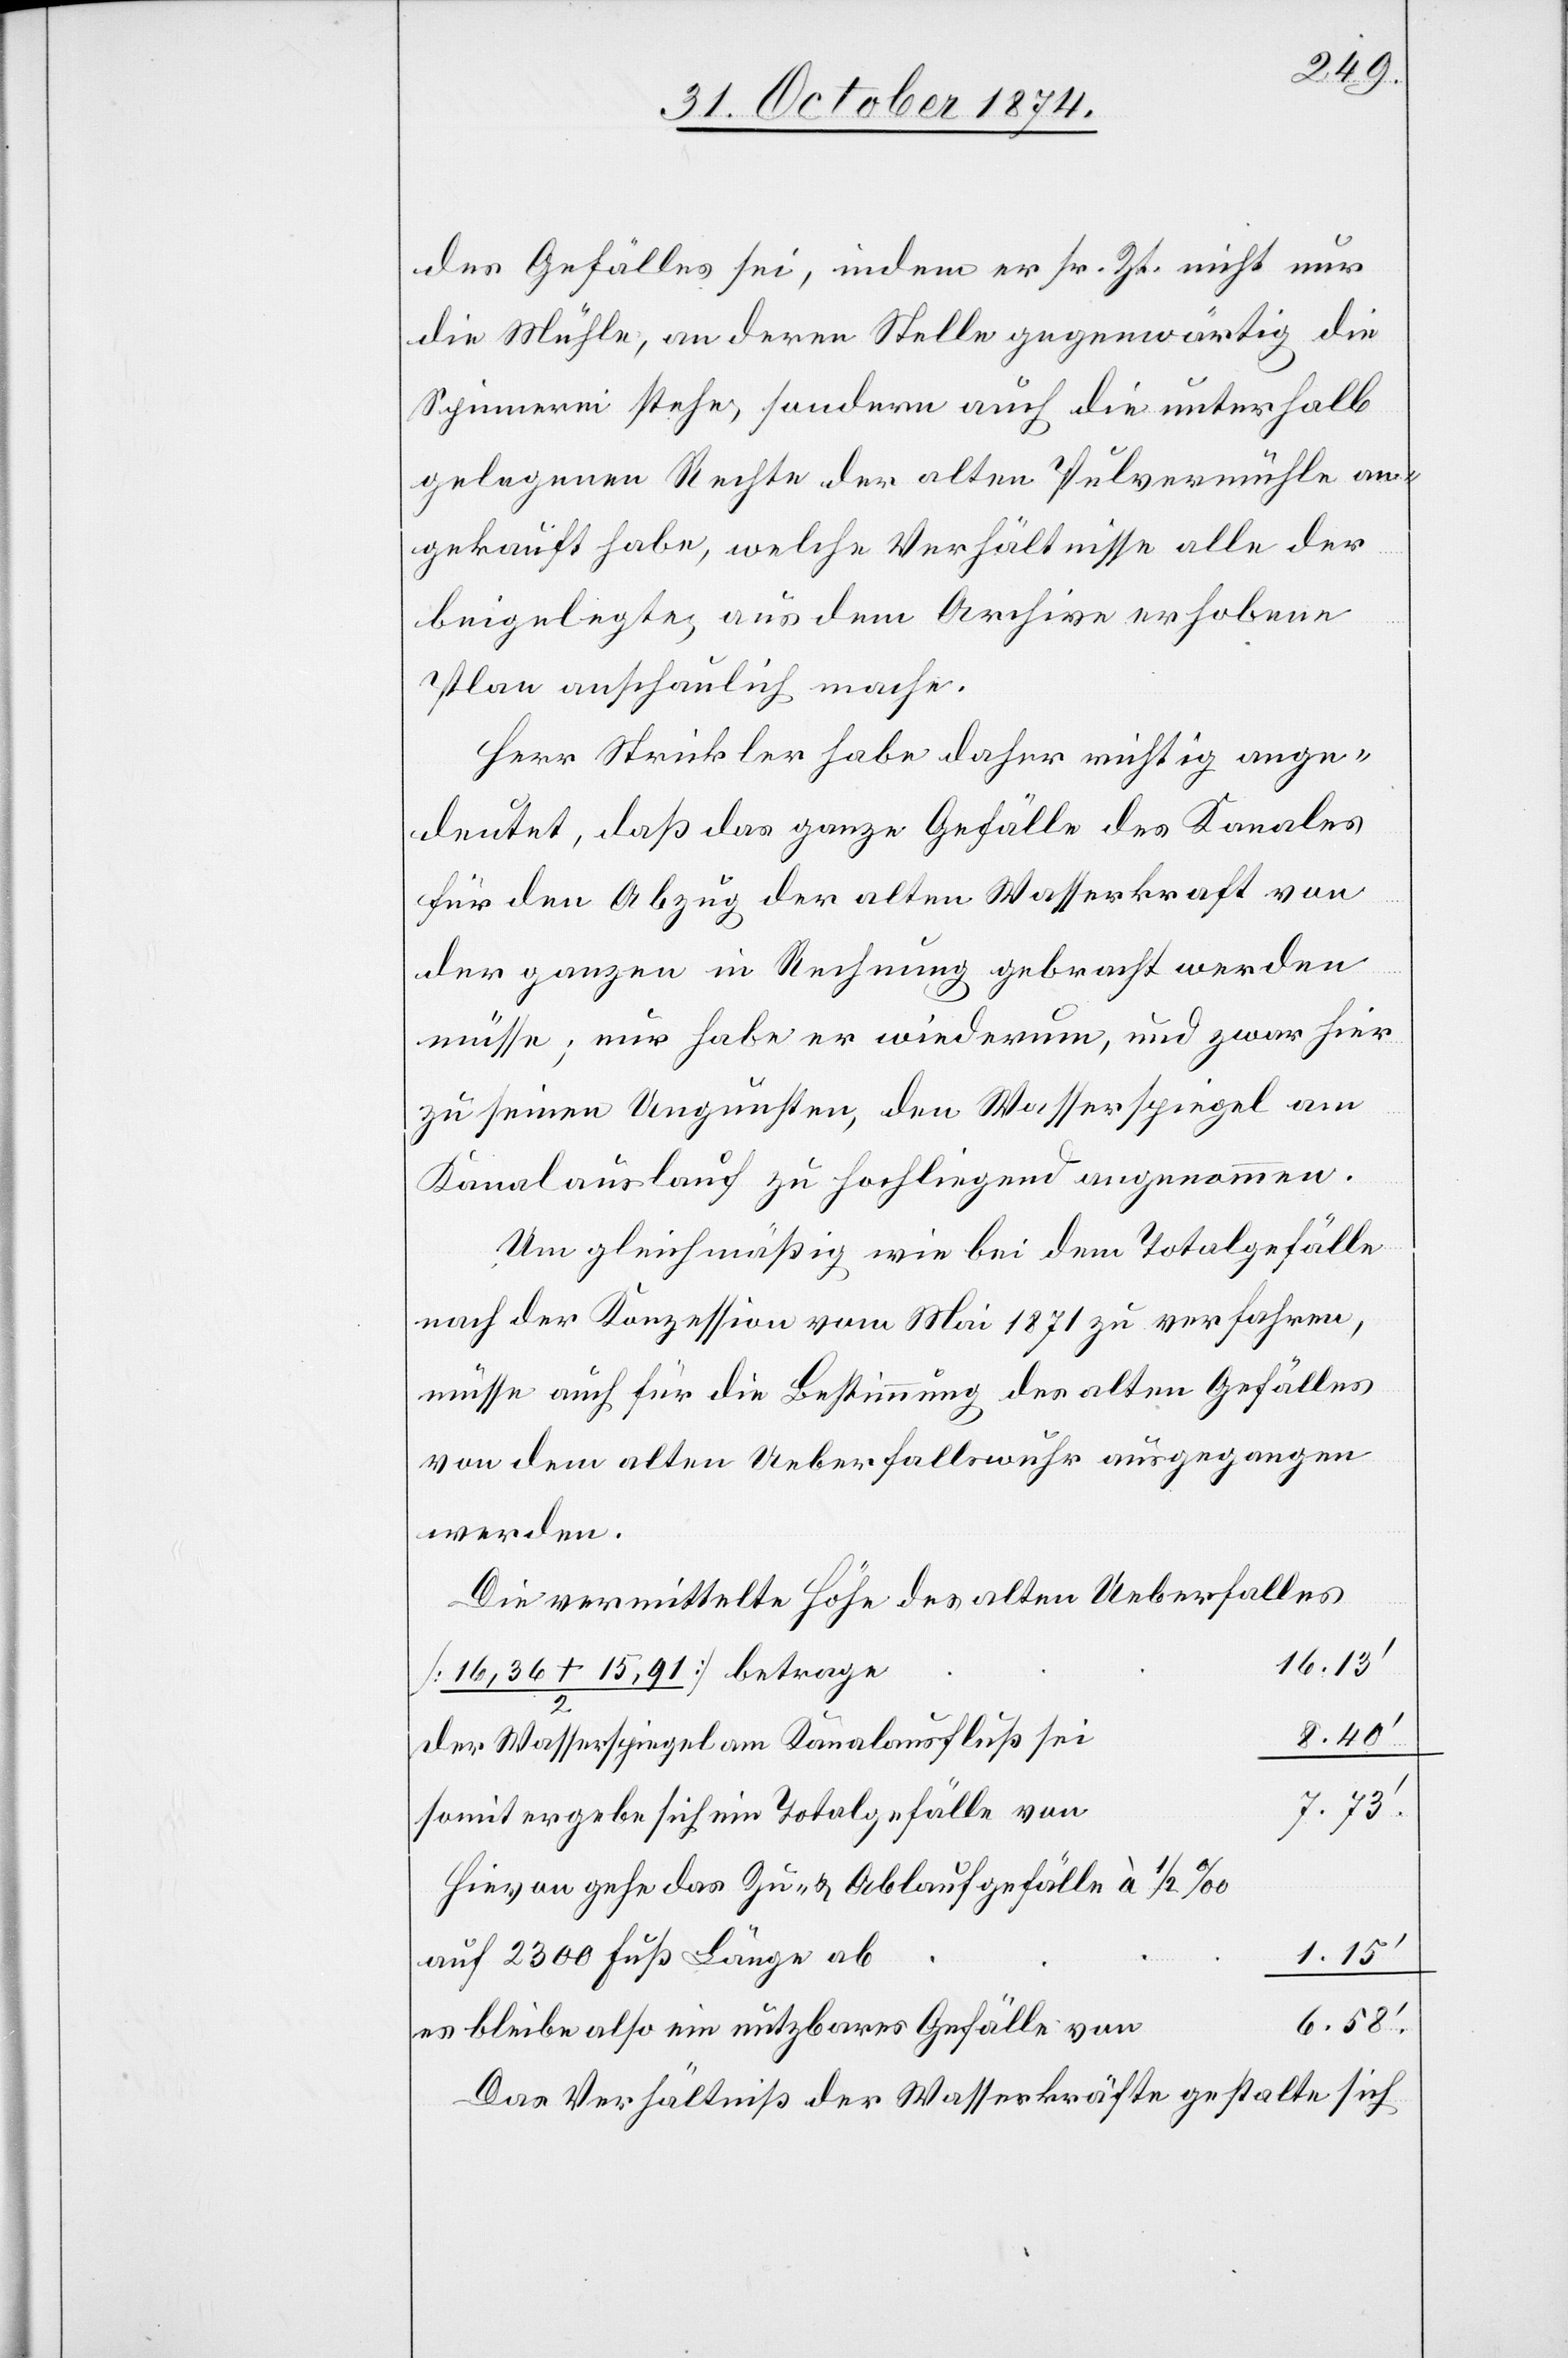
des Gefälles sei, indem er sr. Zt. nicht nur
die Mühle, an deren Stelle gegenwärtig die
Spinnerei stehe, sondern auch die unterhalb
gelegenen Rechte der alten Pulvermühle an¬
gekauft habe, welche Verhältnisse alle der
beigelegte, aus dem Archive erhobene
Plan anschaulich mache.
Herr Strickler habe daher nichtig ange¬
deutet, daß das ganze Gefälle des Kanales
für den Abzug der alten Wasserkraft von
der ganzen in Rechnung gebracht werden
müsse; nur habe er wiederum, und zwar hier
zu seinen Ungünsten, den Wasserspiegel am
Kanalauslauf zu hochliegend angenommen.
Um gleichmäßig wie bei dem Totalgefälle
nach der Konzession vom Mai 1871 zu verfahren,
müsse auch für die Bestimmung des alten Gefälles
von dem alten Ueberfallwuhr ausgegangen
werden.
Die vermittelte Höhe des alten Ueberfalles
16.13‘
der Wasserspiegel am Kanalausfluß sei
somit ergebe sich ein Totalgefälle von
7.73‘.
Hievon gehe das Zu- & Ablaufgefälle à 1/2‰
1.15‘
auf 2300 Fuß Länge ab
6.58‘
es bleibe also ein nutzbares Gefälle von
Das Verhältniß der Wasserkräfte gestalte sich